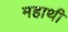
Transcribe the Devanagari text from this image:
महाथी